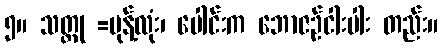
၅။ သတ္တု =မုန့်လုံး၊ ပေါင်းက ဘောဇဉ်ငါးပါး တည်း။